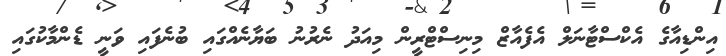
އިންޑިއާގެ އެކްސްޓާނަލް އެފެއާޒް މިނިސްޓްރީން މިއަދު ނެރުނު ބަޔާނެއްގައި ބުނެފައި ވަނީ ޑެންމާކުގައި